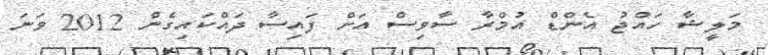
މަލީޝާ ހައްޖު އެންޑް އުމްރާ ސާވިސް އަށް ފައިސާ ދައްކައިގެން 2012 ވަނަ